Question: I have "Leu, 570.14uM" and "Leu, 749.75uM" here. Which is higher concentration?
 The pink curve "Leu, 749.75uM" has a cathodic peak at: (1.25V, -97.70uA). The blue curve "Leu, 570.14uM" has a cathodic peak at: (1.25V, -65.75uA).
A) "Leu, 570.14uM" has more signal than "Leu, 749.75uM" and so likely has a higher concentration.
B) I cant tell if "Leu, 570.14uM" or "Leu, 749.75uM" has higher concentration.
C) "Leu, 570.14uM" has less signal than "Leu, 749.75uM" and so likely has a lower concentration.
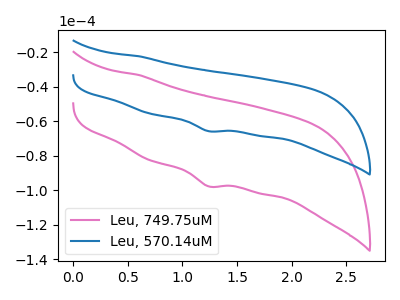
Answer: <think>All the peaks in "Leu, 570.14uM" have a peak in "Leu, 749.75uM" at the same potential. Every peak in "Leu, 570.14uM" is lower than every peak in "Leu, 749.75uM".
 </think>
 <answer>C) "Leu, 570.14uM" has less signal than "Leu, 749.75uM" and so likely has a lower concentration.</answer>
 <eval>C</eval>